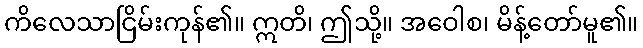
ကိလေသာငြိမ်းကုန်၏။ ဣတိ၊ ဤသို့။ အဝေါစ၊ မိန့်တော်မူ၏။